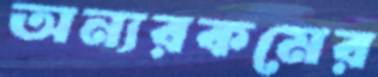
অন্যরকমের